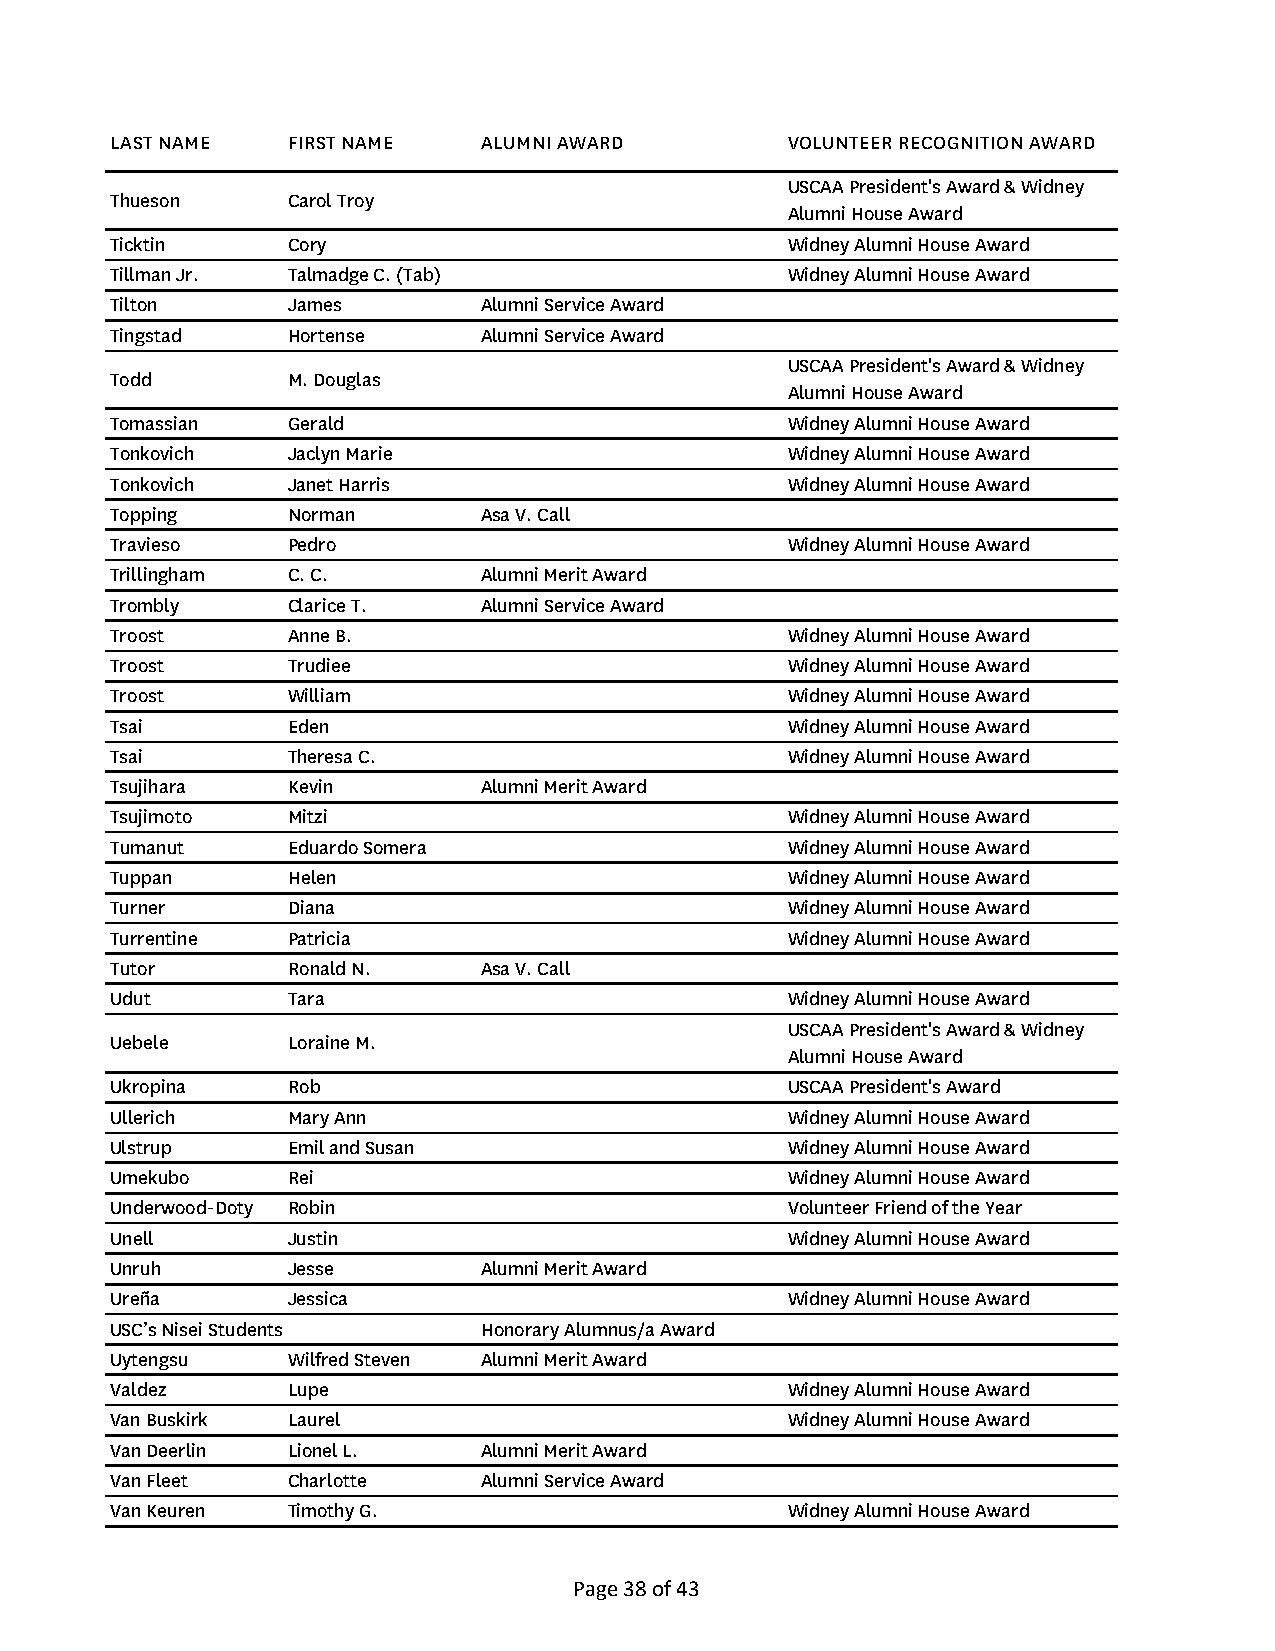
LAST NAME   FIRST NAME   ALUMNI AWARD        VOLUNTEER RECOGNITION AWARD
 USCAA President's Award & Widney
 Thueson     Carol Troy
 Alumni House Award
 Ticktin     Cory                             Widney Alumni House Award
 Tillman Jr. Talmadge C. (Tab)                Widney Alumni House Award
 Tilton      James        Alumni Service Award
 Tingstad    Hortense     Alumni Service Award
 USCAA President's Award & Widney
 Todd        M. Douglas
 Alumni House Award
 Tomassian   Gerald                           Widney Alumni House Award
 Tonkovich   Jaclyn Marie                     Widney Alumni House Award
 Tonkovich   Janet Harris                     Widney Alumni House Award
 Topping     Norman       Asa V. Call
 Travieso    Pedro                            Widney Alumni House Award
 Trillingham C. C.        Alumni Merit Award
 Trombly     Clarice T.   Alumni Service Award
 Troost      Anne B.                          Widney Alumni House Award
 Troost      Trudiee                          Widney Alumni House Award
 Troost      William                          Widney Alumni House Award
 Tsai        Eden                             Widney Alumni House Award
 Tsai        Theresa C.                       Widney Alumni House Award
 Tsujihara   Kevin        Alumni Merit Award
 Tsujimoto   Mitzi                            Widney Alumni House Award
 Tumanut     Eduardo Somera                   Widney Alumni House Award
 Tuppan      Helen                            Widney Alumni House Award
 Turner      Diana                            Widney Alumni House Award
 Turrentine  Patricia                         Widney Alumni House Award
 Tutor       Ronald N.    Asa V. Call
 Udut        Tara                             Widney Alumni House Award
 USCAA President's Award & Widney
 Uebele      Loraine M.
 Alumni House Award
 Ukropina    Rob                              USCAA President's Award
 Ullerich    Mary Ann                         Widney Alumni House Award
 Ulstrup     Emil and Susan                   Widney Alumni House Award
 Umekubo     Rei                              Widney Alumni House Award
 Underwood-Doty Robin                         Volunteer Friend of the Year
 Unell       Justin                           Widney Alumni House Award
 Unruh       Jesse        Alumni Merit Award
 Ureña       Jessica                          Widney Alumni House Award
 USC’s Nisei Students     Honorary Alumnus/a Award
 Uytengsu    Wilfred Steven Alumni Merit Award
 Valdez      Lupe                             Widney Alumni House Award
 Van Buskirk Laurel                           Widney Alumni House Award
 Van Deerlin Lionel L.    Alumni Merit Award
 Van Fleet   Charlotte    Alumni Service Award
 Van Keuren  Timothy G.                       Widney Alumni House Award
 Page 38 of 43